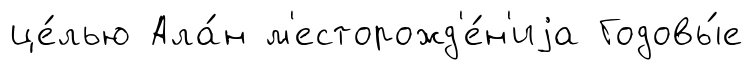
це́лью Ала́н м'есторожд'е́н'иjа Годовы́е